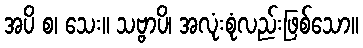
အပိ စ၊ သေး။ သဗ္ဗာပိ၊ အလုံးစုံလည်းဖြစ်သော။